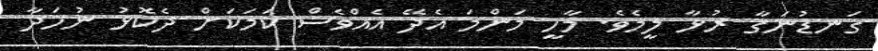
ގަނޑުނަގާ ރުޅާ ލީމެވެ. މާހީ މަންމަ އެދޭ އެއްވެސް ކަމަކަށް ދެކޮޅު ނުހަދާ